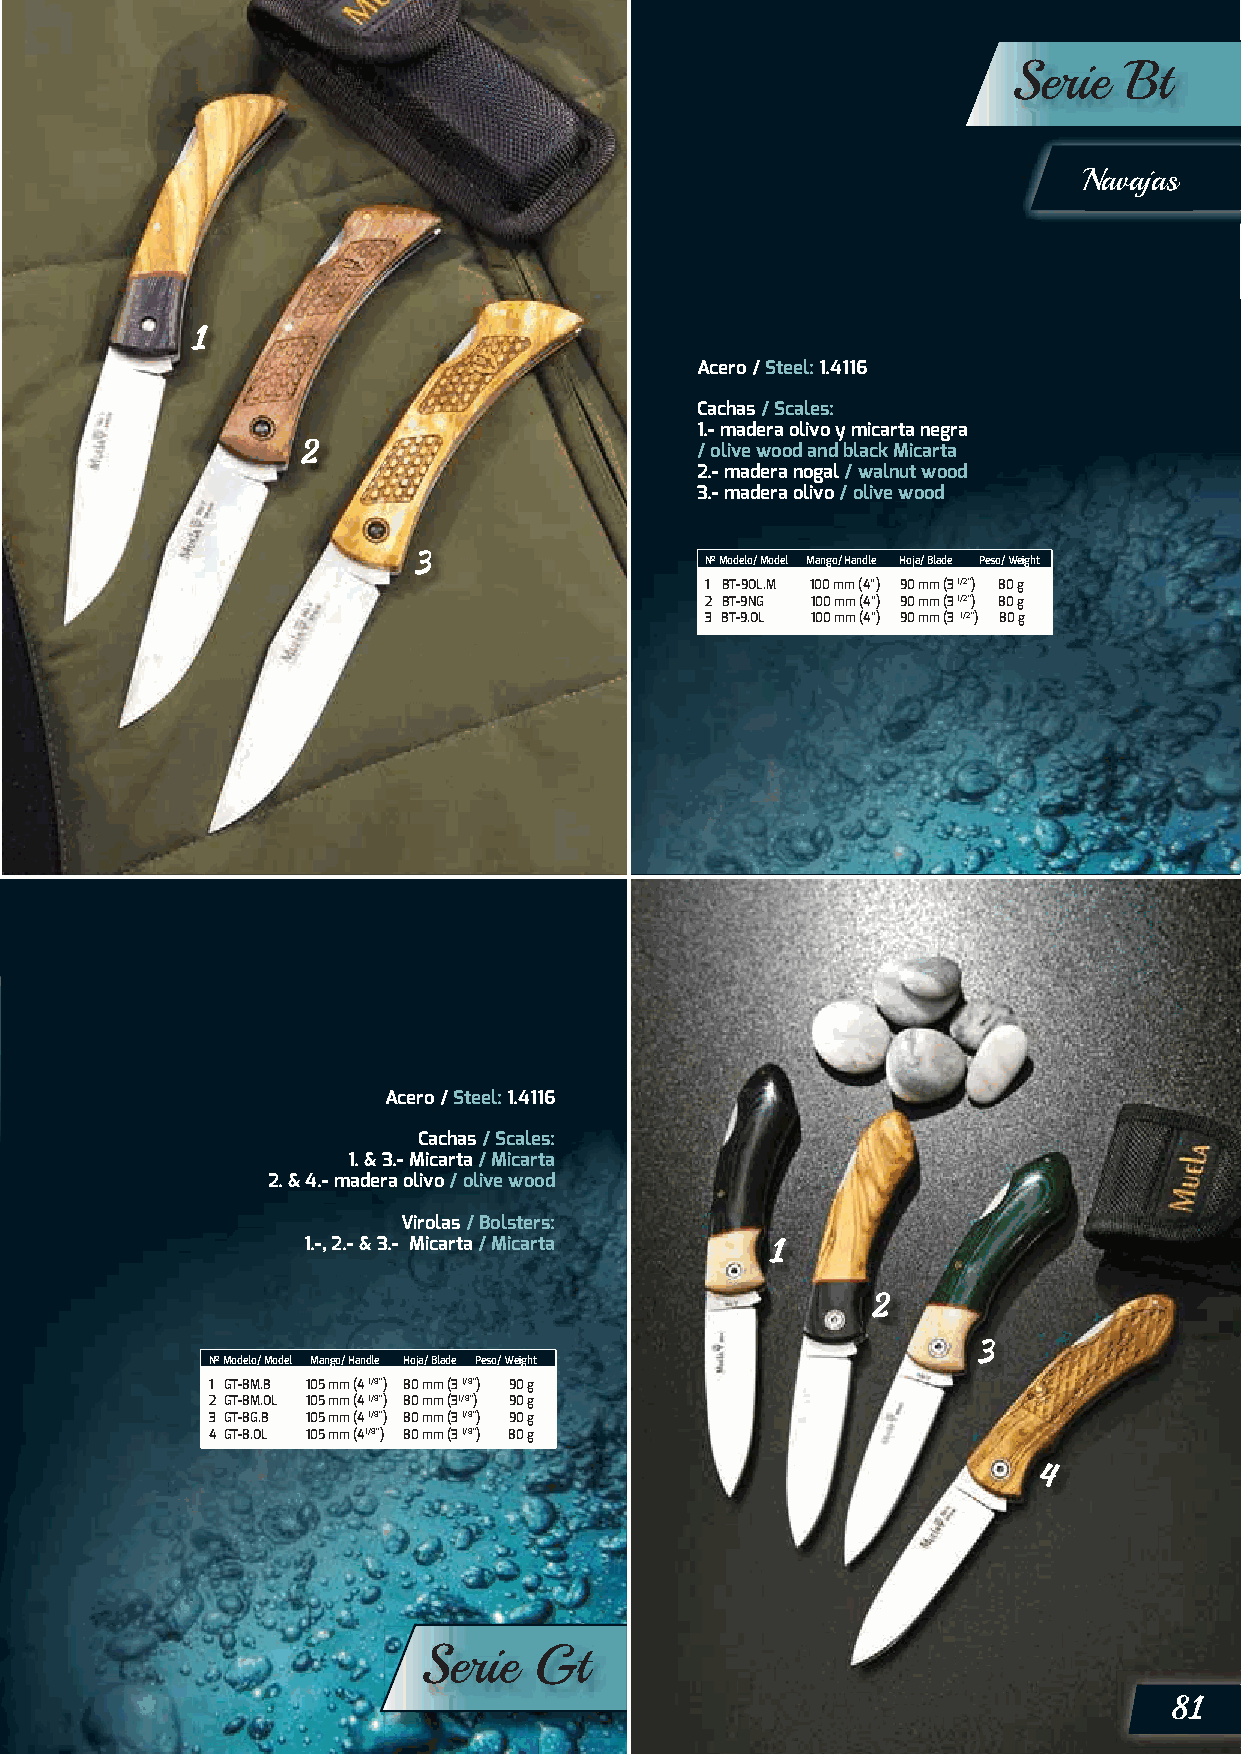
Serie  Bt
 Navajas
 Acero / Steel: 1.4116
 Cachas / Scales:
 1.- madera olivo y micarta negra
 / olive wood and black Micarta
 2.- madera nogal / walnut wood
 3.- madera olivo / olive wood
 Nº Modelo/ Model Mango/ Handle Hoja/ Blade Peso/ Weight
 1 BT-9OL.M 100 mm (4”) 90 mm (3 1/2”) 80 g
 2 BT-9NG 100 mm (4”) 90 mm (3 1/2”) 80 g
 3 BT-9.OL 100 mm (4”) 90 mm (3 1/2”) 80 g
 Acero / Steel: 1.4116
 Cachas / Scales:
 1. & 3.- Micarta / Micarta
 2. & 4.- madera olivo / olive wood
 Virolas / Bolsters:
 1.-, 2.- & 3.- Micarta / Micarta
 Nº Modelo/ Model Mango/ Handle Hoja/ Blade Peso/ Weight
 1 GT-8M.B 105 mm (4 1/8”) 80 mm (3 1/8”) 90 g
 2 GT-8M.OL 105 mm (4 1/8”) 80 mm (31/8”) 90 g
 3 GT-8G.B 105 mm (4 1/8”) 80 mm (3 1/8”) 90 g
 4 GT-8.OL 105 mm (41/8”) 80 mm (3 1/8”) 80 g
 Serie  Gt
 81